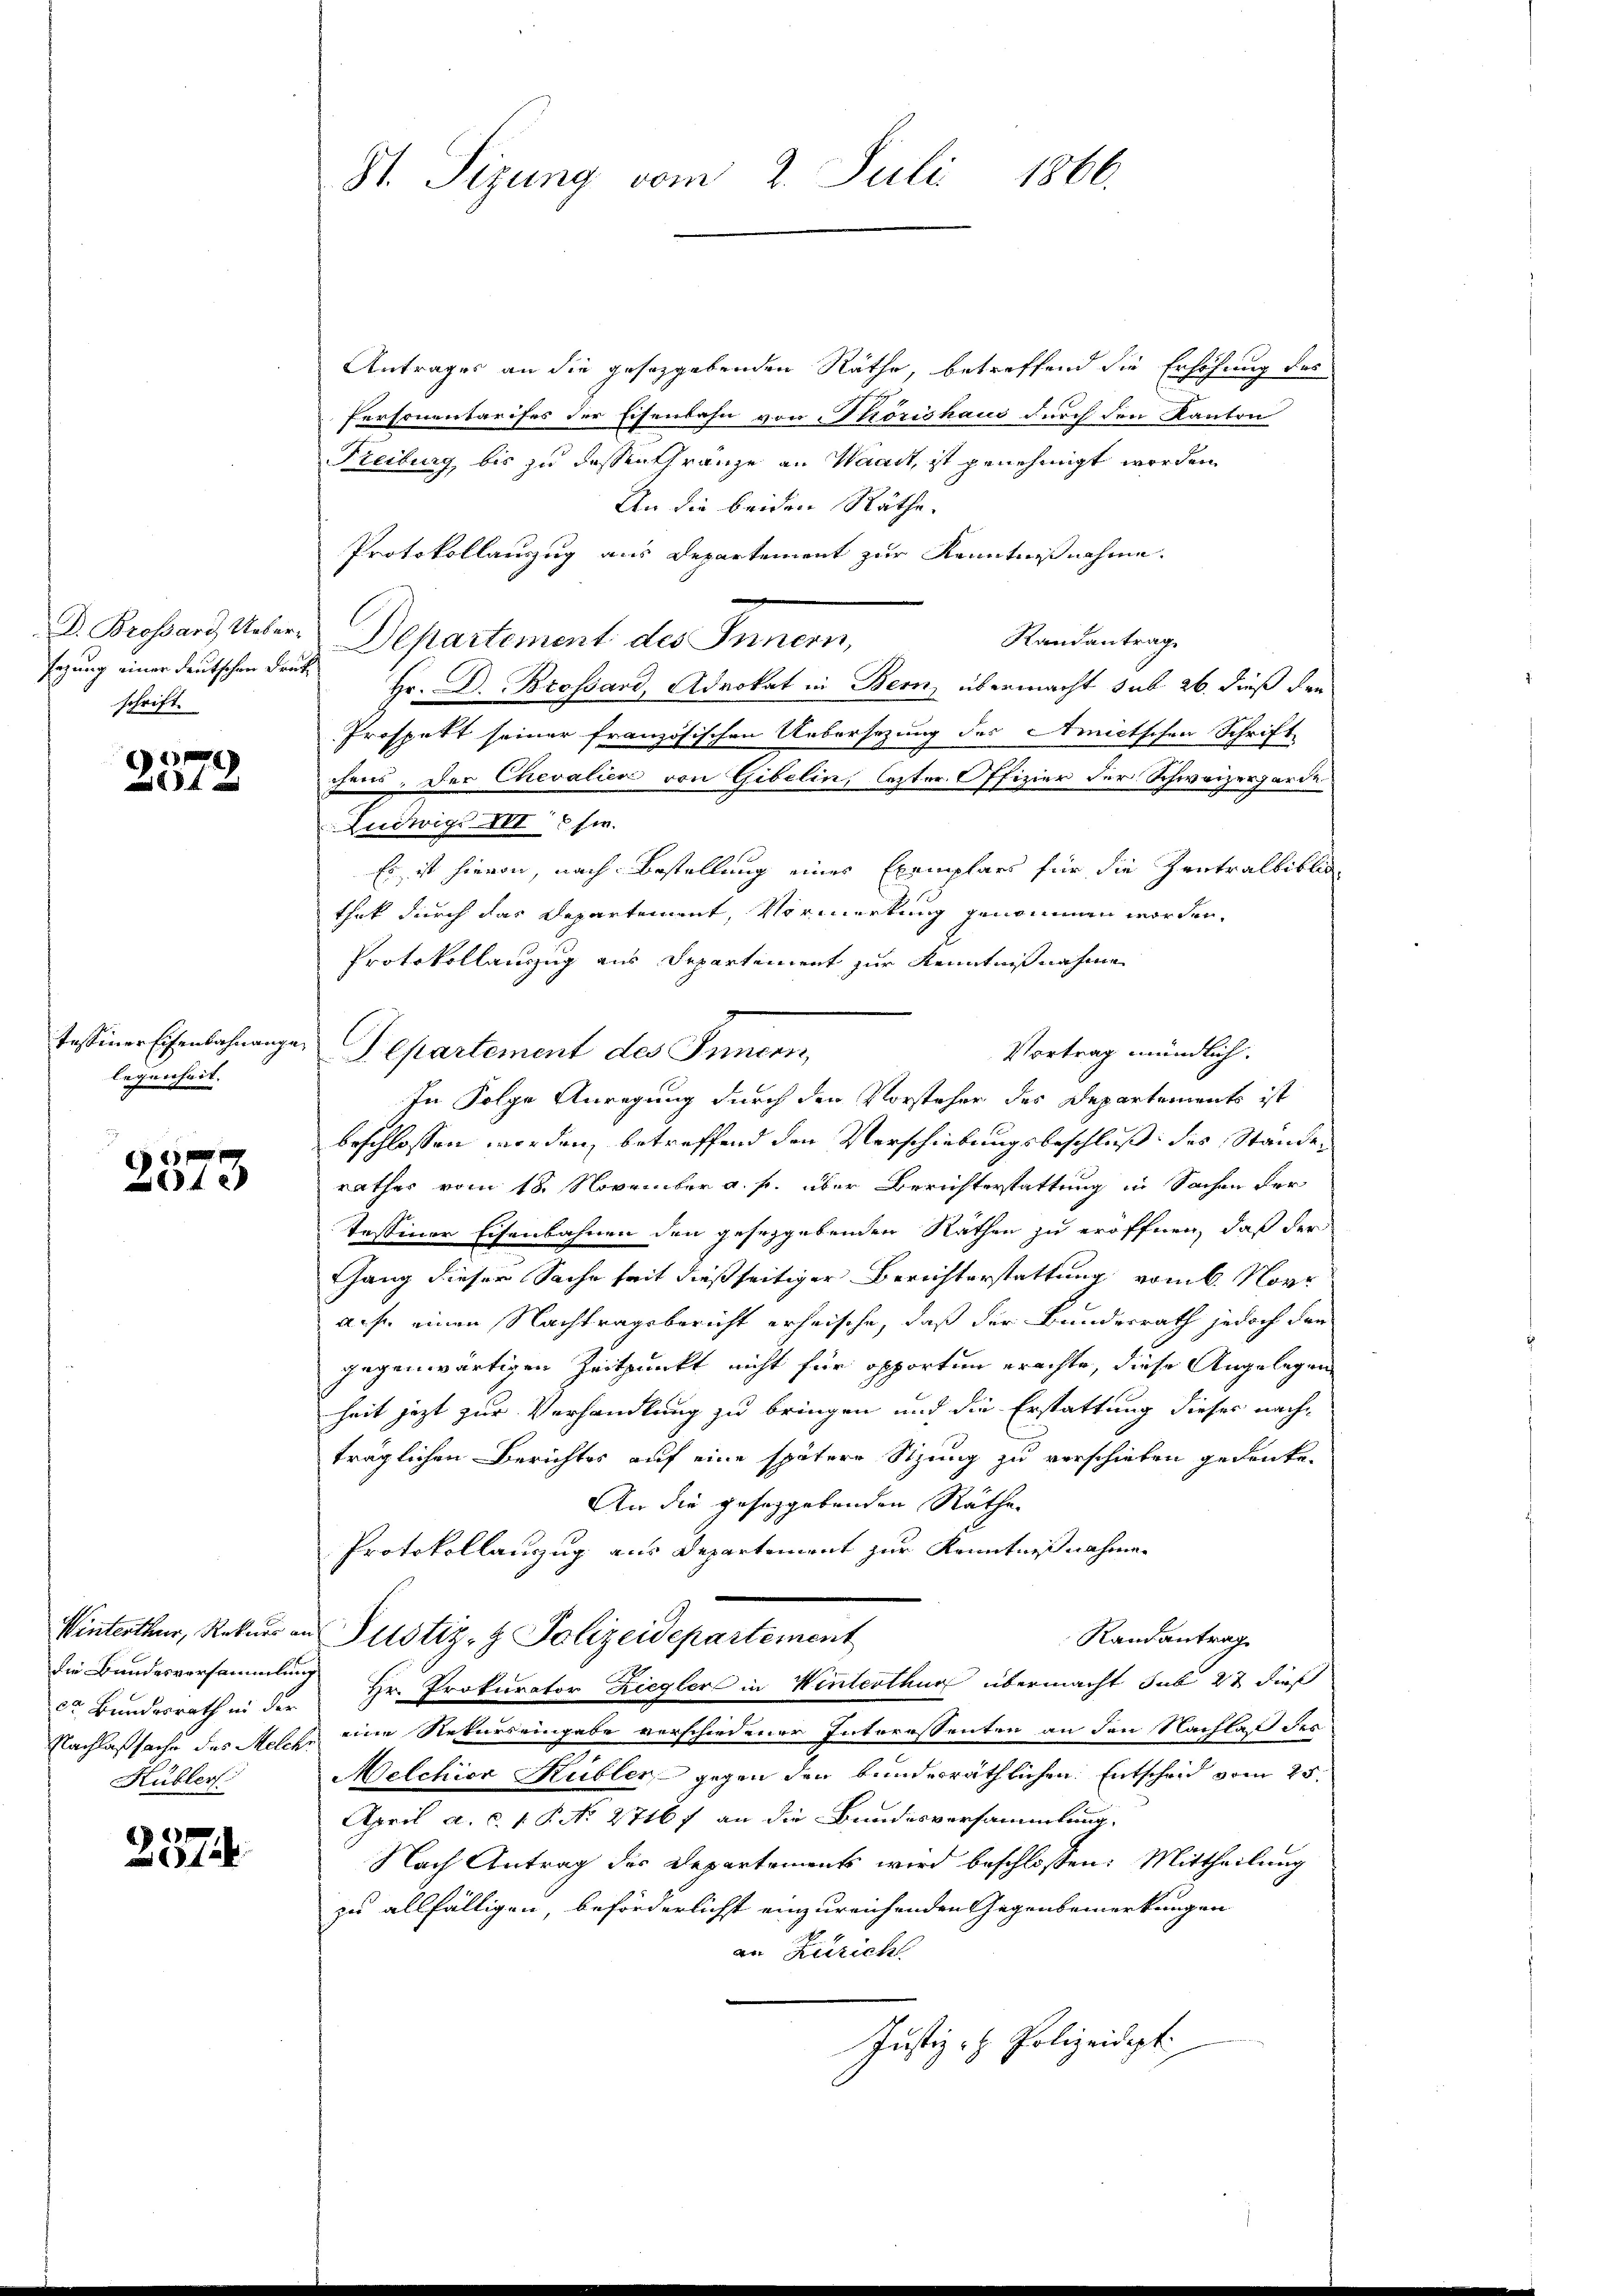
D. Brossard Uebersezung einer deutschen Druschrift.

e

tessiner Eisenbahnange
legenheit.

2573

Winterthur, Rekurs an
die Bundesversammlung
22. Bundesrath in der
Nachlaßsache des Melch
Kübler.

2574.

St. Sizung vom 2. Juli 1866.

Antrages an die geseggebenden Räthe, betreffend die Erschung des
Personentarises der Eisenbahn von Thorishaus durch den Kanton
Freiburg, bis zu dessen Gränze an Waadt, ist genehmigt worden
An die beiden Räthe.
Protokollauszug aus Departement zur Kenntnißnahme.
Randantrag
Departement des Innern,
Hr. Dr. Brossard, Advokat in Bern, übermacht sub 26. dieß den
Prospekt seiner französischen Uebersezung des Amictschen Schrift
chen. Der Chevalien von Gibelin, lezter Offizier der Schweizergarde
Ludwigs III 6 fr.
Es ist hievon, nach Bestellung eines Exemplars für die Zentralbiblio
thek durch das Departement, Vormerkung genommen worden,
Protokollauszug aus Departement zur Kenntnißnahme
Separtement des Funden,
In Folge Anregung durch den Vorsteher des Departements ist
beschlossen worden, betreffend den Verschiebungsbeschluß des Stande
rathes vom 18. November a. p. über Berichterstattung in Sachen vor
tessiner Eisenbahnen den geseggebenden Rathen zu eröffnen, daß der
Gang dieser Sache seit dießseitiger Berichterstattung vom 6. Nov
auf einen Nachtragsbericht erheische, daß der Bundesrath jedoch den
gegenwärtigen Zeitpunkt nicht für opporten erachte, diese Angelegen
heit jezt zur Verhandlung zu bringen und die Erstattung dieser nachträglichen Berichtes auf eine spätere Sitzung zu verschieben gedanke.
An die geseggebenden Räthe
Protokollauszug aus Departement zur Kenntnißnahmen
Justiz- & Polizeidepartement
Randantrag
 Hr. Prokurator Ziegler in Winterthur übermacht sub 27 dieß
 eine Rekurs eingabe verschiedener Interessenten an den Nachlaß des
Melchior Kübler gegen den bunderräthlichen Entscheid vom 25.
April a. c. 1 P. No 2716 f an die Bundesversammlung.
Nach Antrag der Departements wird beschloßen: Mittheilung
zu allfälligen, beförderlichst einzureichenden Gegenbemerkungen
an Züricht.
Justiz- & Polizeidept.

Vortrag mündlich.